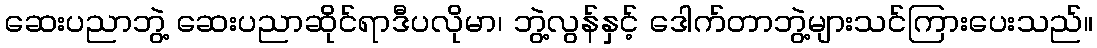
ဆေးပညာဘွဲ့ ဆေးပညာဆိုင်ရာဒီပလိုမာ၊ ဘွဲ့လွန်နှင့် ဒေါက်တာဘွဲ့များသင်ကြားပေးသည်။